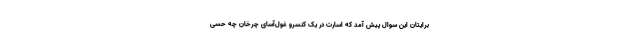
برایتان این سوال پیش آمد که اسارت در یک کنسرو غول‌آسای چرخان چه حسی